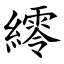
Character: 䌢